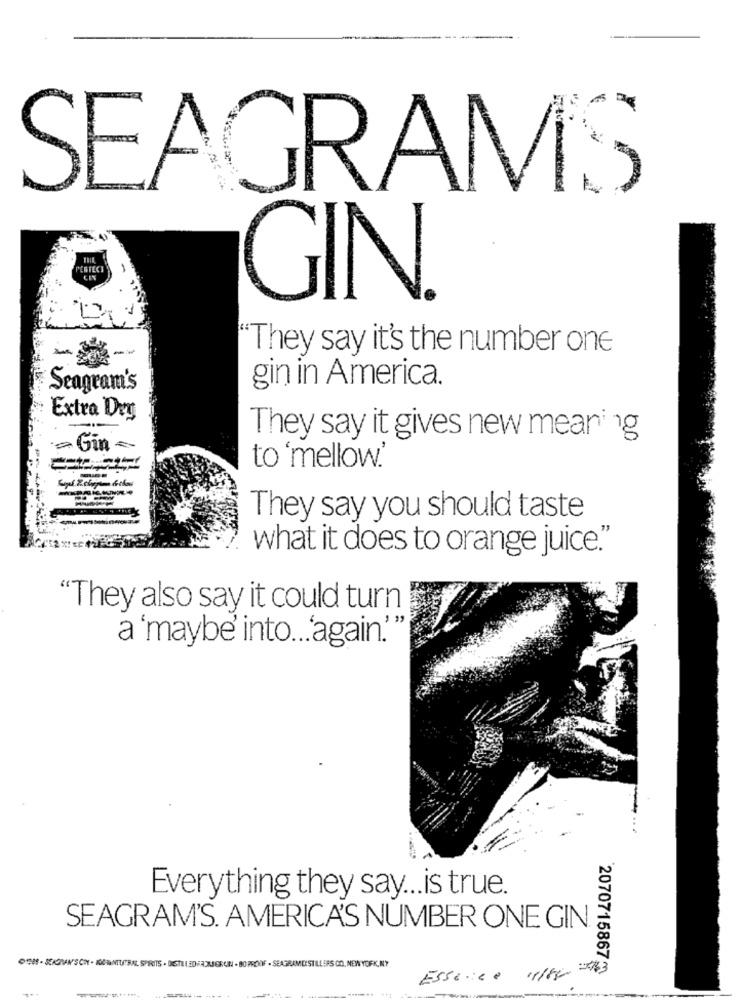
SEAGRAMS
PERFECT
GIN.
'They say it's the number one
gin in America.
Seagram's
Extra Dry
They say it gives new meaning
-Gin-
to 'mellow.
--
They say you should taste
what it does to orange juice."
"They also say it could turn
"
a 'maybe' into .. 'again.'
Everything they say ... is true.
SEAGRAM'S. AMERICA'S NUMBER ONE GIN
ON-SIGRANSON . KENNTUTRAL SPIRITS . DISTILLEDFADINGRUIN - BO PROUIF - SEAGRAMDIST ILLERS CO, NEW YORK, NY
Essence 11/64 - 63
2070715867